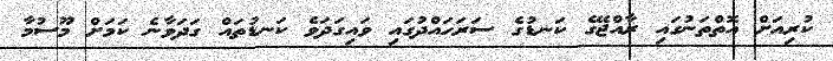
ކުރިއަށް އޮތްތަނުގައި ރާއްޖޭގެ ކަނޑުގެ ސަރަހައްދުގައި ވައިގަދަވެ ކަނޑުތައް ގަދަވާނެ ކަމަށް މޫސުމާ